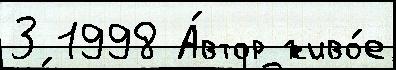
3 1998 А́втор живо́е